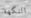
النكهة